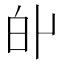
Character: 𤽆